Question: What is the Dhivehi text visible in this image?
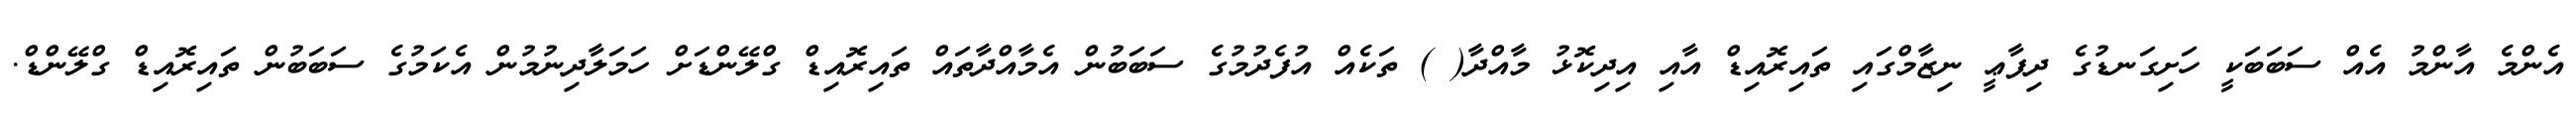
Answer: އެންމެ އާންމު އެއް ސަބަބަކީ ހަށިގަނޑުގެ ދިފާޢީ ނިޒާމްގައި ތައިރޮއިޑް އާއި އިދިކޮޅު މާއްދާ( ) ތަކެއް އުފެދުމުގެ ސަބަބުން އެމާއްދާތައް ތައިރޮއިޑް ގްލޭންޑަށް ހަމަލާދިނުމުން އެކަމުގެ ސަބަބުން ތައިރޮއިޑް ގްލޭންޑް.